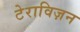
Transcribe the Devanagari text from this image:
टेराविज़न